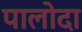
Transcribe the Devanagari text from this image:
पालोदा